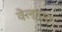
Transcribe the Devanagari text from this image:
वेलासा